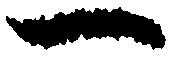
一